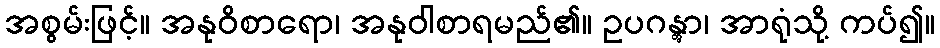
အစွမ်းဖြင့်။ အနုဝိစာရော၊ အနုဝါစာရမည်၏။ ဥပဂန္တွာ၊ အာရုံသို့ ကပ်၍။